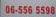
06-556